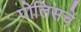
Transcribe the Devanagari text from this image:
पोलिसचे